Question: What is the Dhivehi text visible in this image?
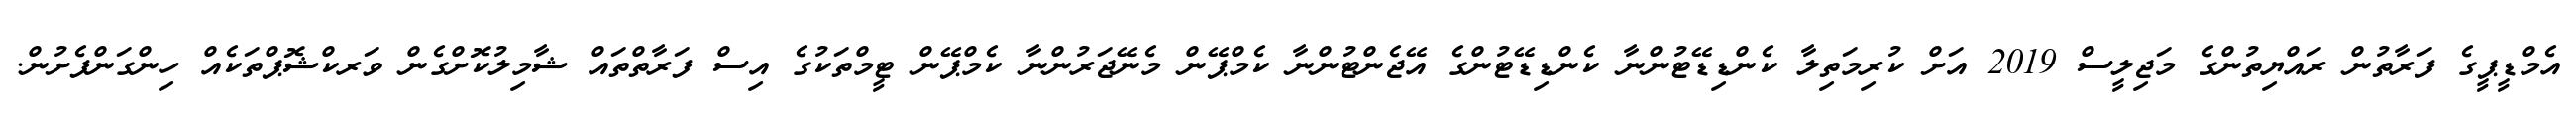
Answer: އެމްޑީޕީގެ ފަރާތުން ރައްޔިތުންގެ މަޖިލީސް 2019 އަށް ކުރިމަތިލާ ކެންޑިޑޭޓުންނާ ކެންޑިޑޭޓުންގެ އޭޖެންޓުންނާ ކެމްޕޭން މެނޭޖަރުންނާ ކެމްޕޭން ޓީމްތަކުގެ އިސް ފަރާތްތައް ޝާމިލުކޮށްގެން ވަރކްޝޮޕްތަކެއް ހިންގަންފެށުން.